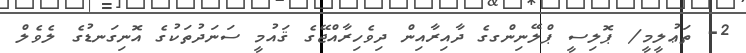
2- ތަޢުލީމީ/ ޕޮލިސީ ޕްލޭނިންގގެ ދާއިރާއިން ދިވެހިރާއްޖޭގެ ޤައުމީ ސަނަދުތަކުގެ އޮނިގަނޑުގެ ލެވެލް